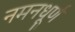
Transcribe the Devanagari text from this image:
नमनधूर्ण